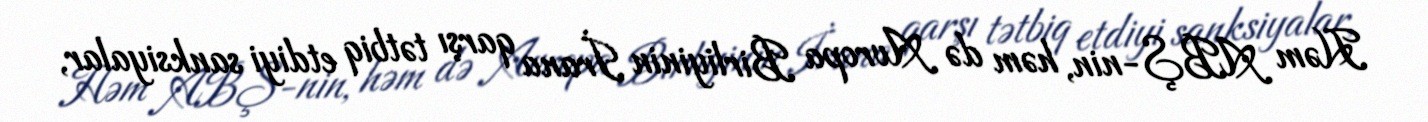
Həm ABŞ-nin, həm də Avropa Birliyinin İrana qarşı tətbiq etdiyi sanksiyalar,